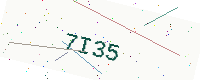
Text: 7I35